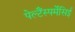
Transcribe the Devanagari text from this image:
पेल्टैंस्पर्मेसिई